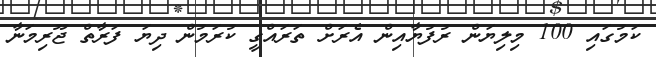
ކަމުގައި 100 މިލިޔަން ރުފުޔާއިން އެރަށް ތަރައްގީ ކުރަމުން ދިޔަ ފަރާތް ޖޫރިމަނާ